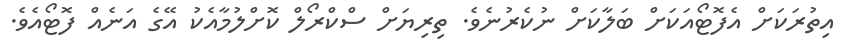
އިތުރަކަށް އެފޮޓޯއަކަށް ބަލާކަށް ނުކެރުނެވެ. ތިރިޔަށް ސްކްރޯލް ކޮށްލުމާއެކު އޭގެ އަނެއް ފޮޓޯއެވެ.